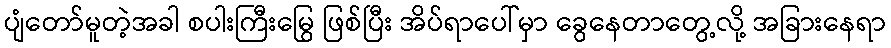
ပျံတော်မူတဲ့အခါ စပါးကြီးမြွေ ဖြစ်ပြီး အိပ်ရာပေါ်မှာ ခွေနေတာတွေ့လို့ အခြားနေရာ